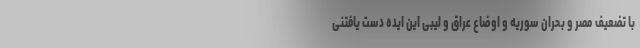
با تضعیف مصر و بحران سوریه و اوضاع عراق و لیبی این ایده دست یافتنی